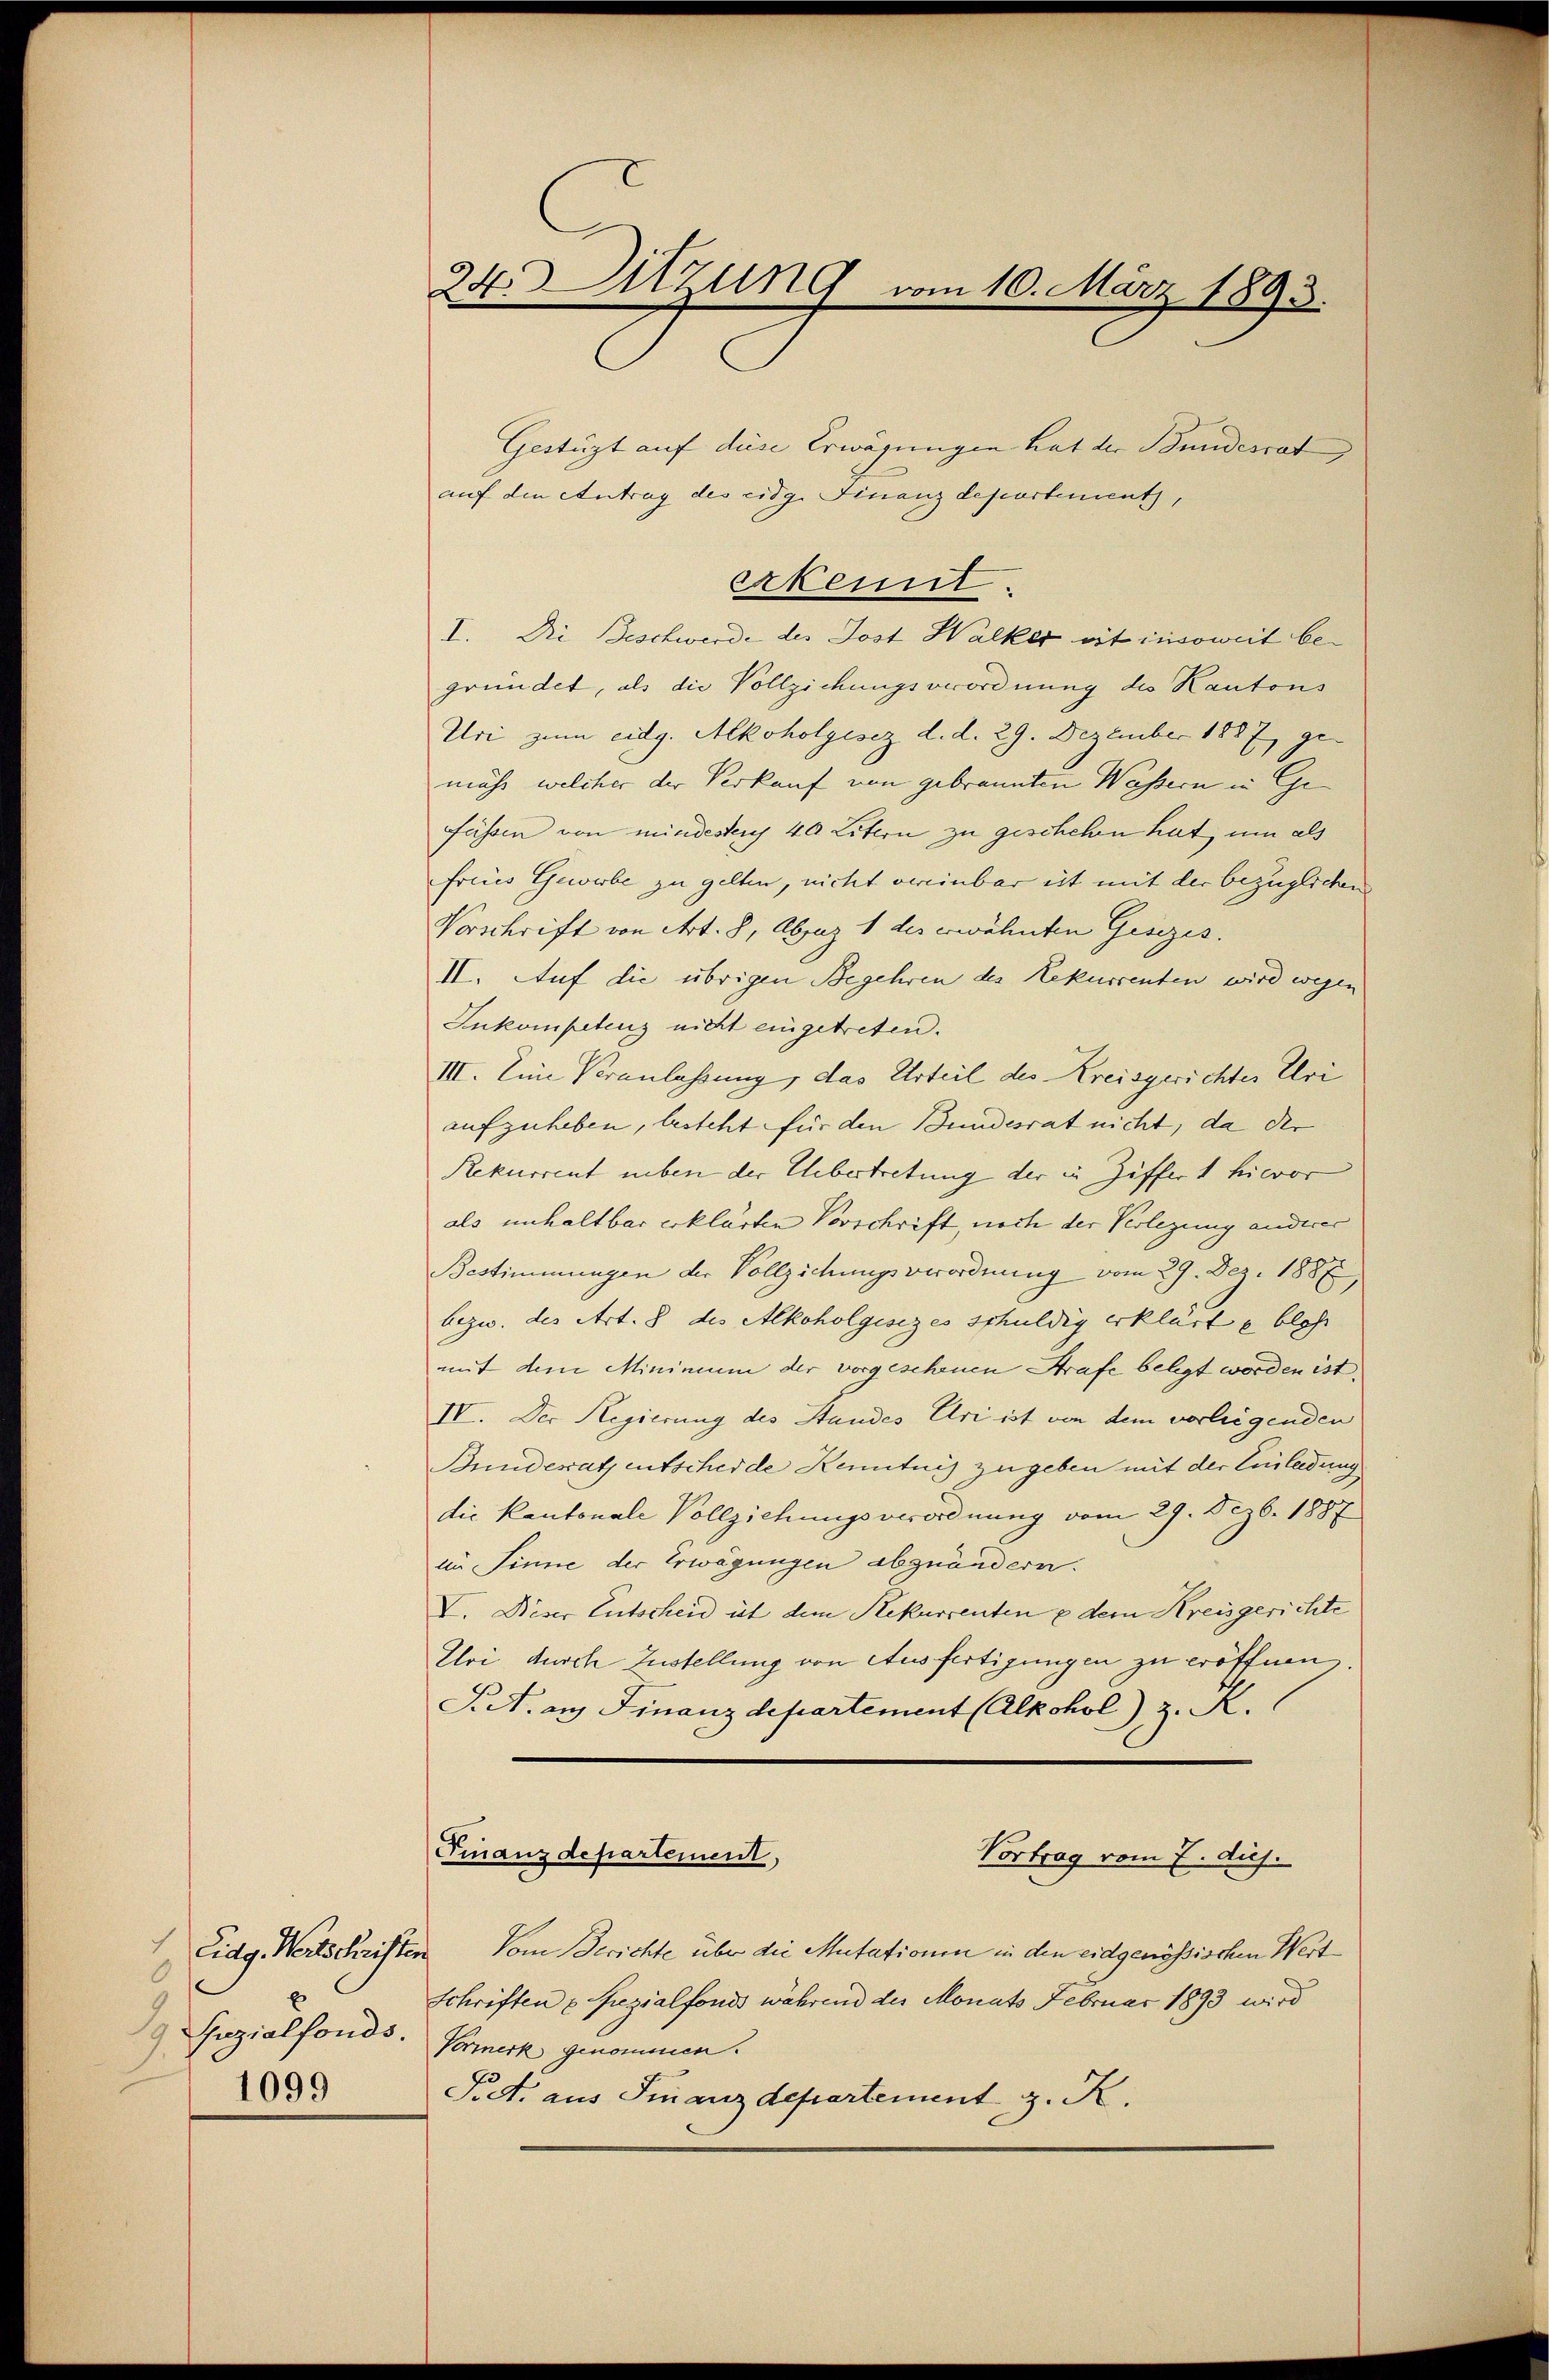
Eidg. Wertschriften
0
 uzialfonds.
1099

24. Sitzung vom 10. März 1893.

Gestüzt auf diese Erwägungen hat der Stundesrat,
auf den Antrag des eidg. Finanzdepartements,
erkennt.
I. Die Geschwerde des Jost Walker ist insoweit begründet, als die Vollziehungsverordnung des Kantons
Uri zum eidg. Alkoholgesez d. d. 29. Dezember 1887 ge-
muss, welcher der Verkauf von gebrannten Wassern in Gefüssen von mindestens 40 Litern zu geschehen hat, um als
freies Gewerbe zu gelten, nicht vereinbar eit mit der bezüglichen
Vorschrift von Art. 8, Absuz 1 des erwähnten Gesezes.
II. Auf die übrigen Begehren des Rekurrenten wird wegen
Inkompetenz nicht eingetreten.
III. Eine Veranlassung, das Urteil des Kreisgerichter Ulri
aufzuheben, besteht für den Bundesrat nicht, da der
Rekurrent neben der Übertretung der in Ziffert hievor
als unhaltbar erklärten Vorschrift, noch der Verlegung anderer
Bestimmungen der Vollziehungsverordnung vom 29. De 1887
bezw. des Art. 8 des Alkoholgesezes schuldig erklärt u. blos
mit dem Mininium der vorgeschenen Strafe belegt worden ist.
IV. Der Regierung des Standes Uri ist von dem verleigenden
Bundesatz entscheide Kenntnis zu geben mit der Einleidung
die Kantonale Vollziehungsverordnung vom 29. Dezb. 1887
im Sinne der Erwägungen abzuändern.
V. Dieser Entscheid ist dem Rekurrenten & dem Kreisgerichte
Elvi durch Zustellung von Ausfertigungen zu eröffnen.
Sit. an Finanzdepartement (Alkohol) z. R.
Finanzdepartement,
Vortrag vom 7. Aus
Vom Gerichte über die Mutationen in den eidgenössischen Wert
Schriften u Spezialfonds während der Monats Februar 1893 wird
Vormerk genommen.
Pict. aus Finanzdepartement z. K.